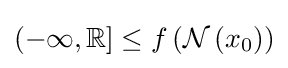
(-\infty ,\mathbb {R} ]\leq f\left({\mathcal {N}}\left(x_{0}\right)\right)